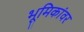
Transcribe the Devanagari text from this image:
भूमिकांवर